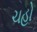
ચહો